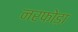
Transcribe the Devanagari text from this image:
नरफोड़ा